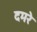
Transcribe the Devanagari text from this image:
दमरे